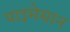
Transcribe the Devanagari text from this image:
पाइमेसान